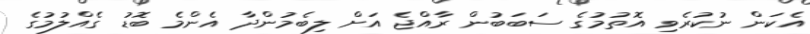
އެކަން ނުކުރެވި އޮތުމުގެ ސަބަބުން ރާއްޖެ އަށް ލިބެމުންދާ އެންމެ ބޮޑު ގެއްލުމުގެ